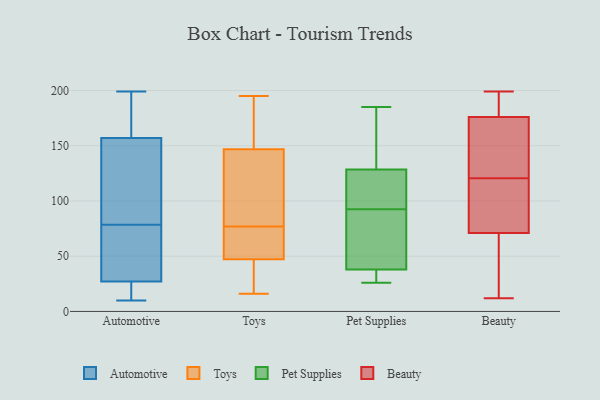
{"axis": {"x": "Production Output", "y": "Value"}, "legend": ["Automotive", "Beauty", "Pet Supplies", "Toys"], "data": [{"x": "", "y": 54, "type": "Automotive"}, {"x": "", "y": 27, "type": "Automotive"}, {"x": "", "y": 10, "type": "Automotive"}, {"x": "", "y": 157, "type": "Automotive"}, {"x": "", "y": 199, "type": "Automotive"}, {"x": "", "y": 180, "type": "Automotive"}, {"x": "", "y": 98, "type": "Automotive"}, {"x": "", "y": 67, "type": "Automotive"}, {"x": "", "y": 79, "type": "Automotive"}, {"x": "", "y": 188, "type": "Automotive"}, {"x": "", "y": 133, "type": "Automotive"}, {"x": "", "y": 18, "type": "Automotive"}, {"x": "", "y": 78, "type": "Automotive"}, {"x": "", "y": 21, "type": "Automotive"}, {"x": "", "y": 77, "type": "Toys"}, {"x": "", "y": 158, "type": "Toys"}, {"x": "", "y": 60, "type": "Toys"}, {"x": "", "y": 76, "type": "Toys"}, {"x": "", "y": 26, "type": "Toys"}, {"x": "", "y": 45, "type": "Toys"}, {"x": "", "y": 186, "type": "Toys"}, {"x": "", "y": 117, "type": "Toys"}, {"x": "", "y": 16, "type": "Toys"}, {"x": "", "y": 107, "type": "Toys"}, {"x": "", "y": 56, "type": "Toys"}, {"x": "", "y": 20, "type": "Toys"}, {"x": "", "y": 195, "type": "Toys"}, {"x": "", "y": 131, "type": "Toys"}, {"x": "", "y": 152, "type": "Toys"}, {"x": "", "y": 54, "type": "Toys"}, {"x": "", "y": 37, "type": "Toys"}, {"x": "", "y": 95, "type": "Toys"}, {"x": "", "y": 173, "type": "Toys"}, {"x": "", "y": 26, "type": "Pet Supplies"}, {"x": "", "y": 58, "type": "Pet Supplies"}, {"x": "", "y": 27, "type": "Pet Supplies"}, {"x": "", "y": 102, "type": "Pet Supplies"}, {"x": "", "y": 30, "type": "Pet Supplies"}, {"x": "", "y": 185, "type": "Pet Supplies"}, {"x": "", "y": 132, "type": "Pet Supplies"}, {"x": "", "y": 125, "type": "Pet Supplies"}, {"x": "", "y": 46, "type": "Pet Supplies"}, {"x": "", "y": 83, "type": "Pet Supplies"}, {"x": "", "y": 168, "type": "Pet Supplies"}, {"x": "", "y": 114, "type": "Pet Supplies"}, {"x": "", "y": 71, "type": "Beauty"}, {"x": "", "y": 77, "type": "Beauty"}, {"x": "", "y": 176, "type": "Beauty"}, {"x": "", "y": 153, "type": "Beauty"}, {"x": "", "y": 53, "type": "Beauty"}, {"x": "", "y": 199, "type": "Beauty"}, {"x": "", "y": 12, "type": "Beauty"}, {"x": "", "y": 113, "type": "Beauty"}, {"x": "", "y": 128, "type": "Beauty"}, {"x": "", "y": 184, "type": "Beauty"}]}